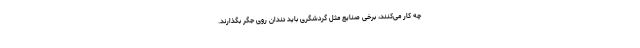
چه کار می‌کنند، برخی صنایع مثل گردشگری باید دندان روی جگر بگذارند.